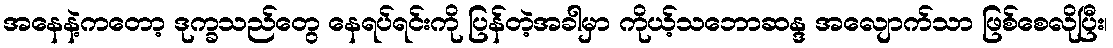
အနေနဲ့ကတော့ ဒုက္ခသည်တွေ နေရပ်ရင်းကို ပြန်တဲ့အခါမှာ ကိုယ့်သဘောဆန္ဒ အလျောက်သာ ဖြစ်စေလိုပြီး၊